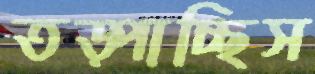
তড়্‌পাচ্ছিস